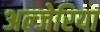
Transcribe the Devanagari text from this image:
अल्जेरिया